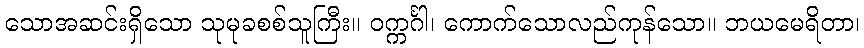
သောအဆင်းရှိသော သုမုခစစ်သူကြီး။ ဝက္ကင်္ဂါ၊ ကောက်သောလည်ကုန်သော။ ဘယမေရိတာ၊